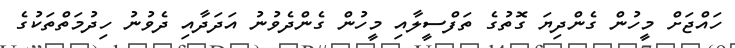
ހައްޖަށް މީހުން ގެންދިޔަ ގޮތުގެ ތަފްސީލާއި މީހުން ގެންދެވުނު އަދަދާއި ދެވުނު ހިދުމަތްތަކުގެ